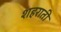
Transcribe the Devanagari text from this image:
शहराती